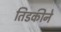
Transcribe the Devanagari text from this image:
तिडकीने